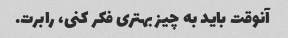
آنوقت باید به چیز بهتری فکر کنی، رابرت.